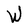
Character: W